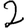
Digit: 2